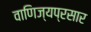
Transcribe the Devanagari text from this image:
वाणिज्यप्रसार